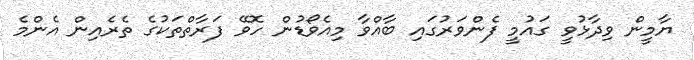
ޔާމީން ވިދާޅުވީ ގައުމީ ފެންވަރުގައި ބާއްވާ މިއެވޯޑުން ހޮވޭ ފަރާތްތަކުގެ ތެރެއިން އެންމެ